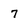
Character: 7